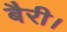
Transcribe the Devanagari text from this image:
बैरी।